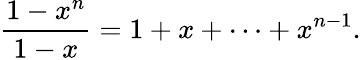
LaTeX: {\frac{1-x^{n}}{1-x}}=1+x+\cdots+x^{n-1}.